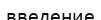
введение